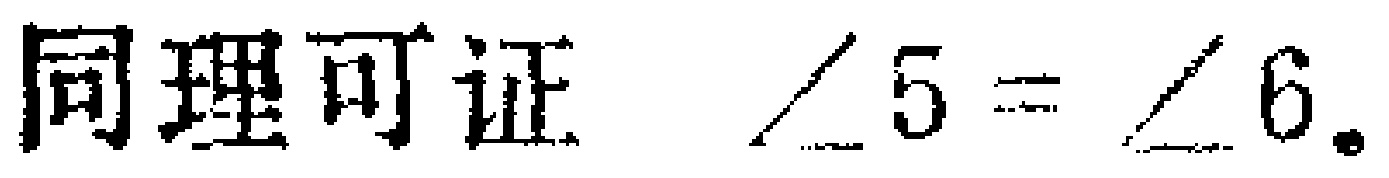
同理可证 $\angle 5 = \angle 6$.